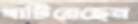
খাটিয়েছেন